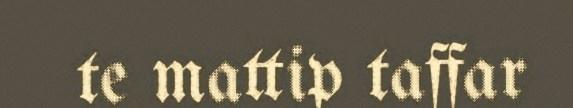
te mattip taffar